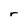
Character: r